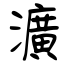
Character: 瀇